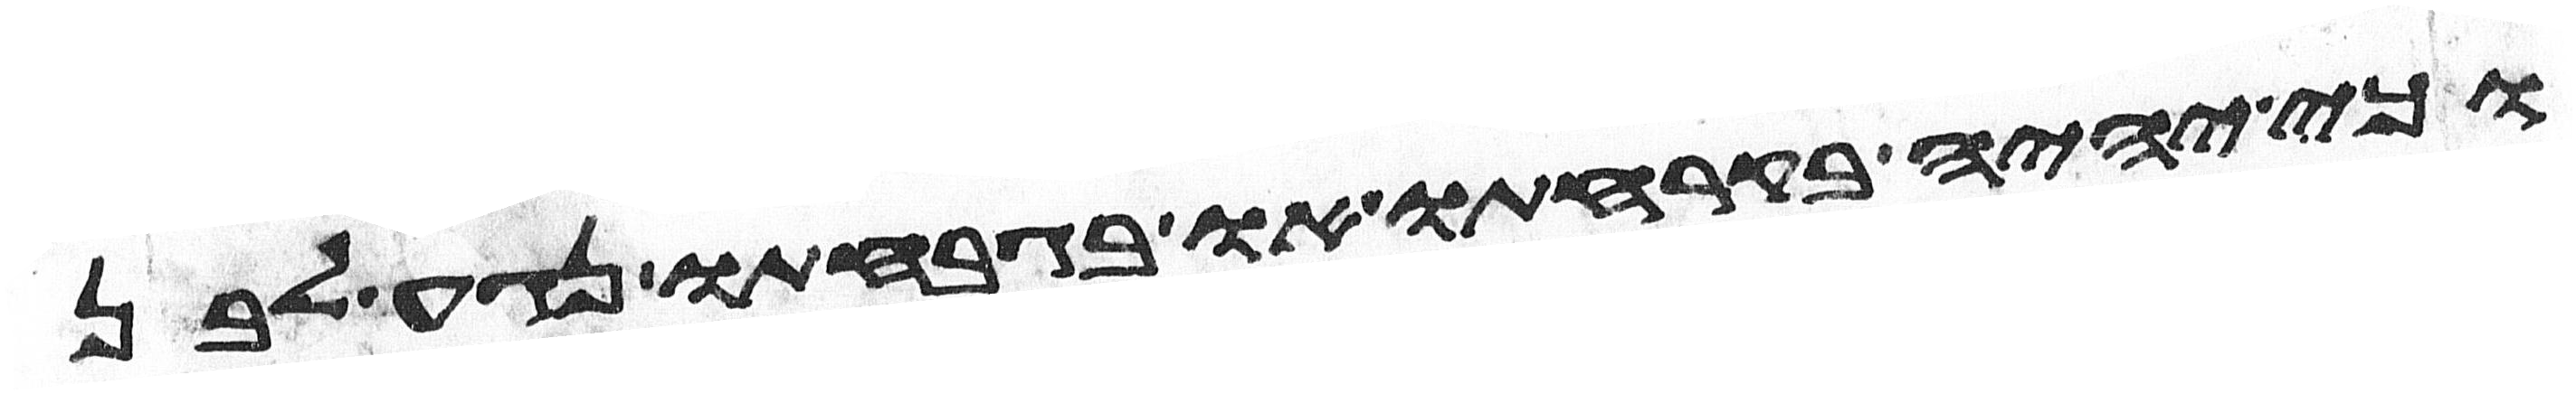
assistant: כי יהיה בקרחתו או בגבחתו נגע לבן